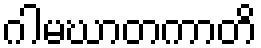
ဂါမဃာတကာတိ